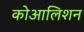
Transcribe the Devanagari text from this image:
कोआलिशन